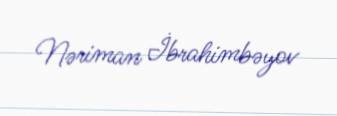
Nəriman İbrahimbəyov